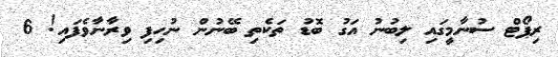
ރިޕޯޓް ސުނާމީގައި ލިބުނު އަގު ބޮޑު ތަކެތި ބޭނުން ނުހިފި ވިރާނާވެފައި! 6